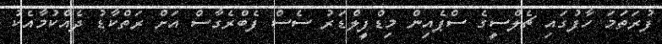
ފުރަތަމަ ހާފުގައި ޗެލްސީގެ ސްޕެއިން މިޑްފީލްޑަރު ސެސް ފެބްރެގާސް އަށް ރަތްކާޑު ދެއްކުމާއެކު